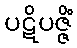
ပဋိပဇ္ဇိံ